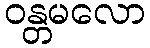
ဝန္တမလော